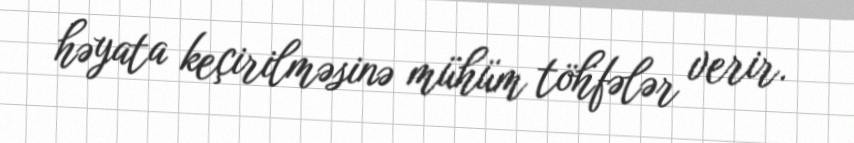
həyata keçirilməsinə mühüm töhfələr verir.